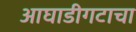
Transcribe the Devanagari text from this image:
आघाडीगटाचा